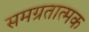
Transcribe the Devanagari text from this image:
समग्रतात्मक